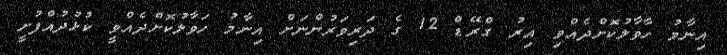
އިނާމު ހާވާލުކޮށްދެއްވި އިރު ގްރޭޑް 12 ގެ ދަރިވަރުންނަށް އިނާމު ހަވާލުކޮށްދެއްވީ ކުޅުދުއްފުށީ